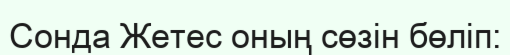
Сонда Жетес оның сөзін бөліп: